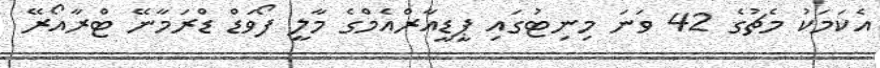
އެކަމަކު މެޗުގެ 42 ވަނަ މިނިޓުގައި ޕީޑީއާރްއެމްގެ މާލީ ފޯވަޑް ޑްރަމާނޭ ޓްރާއޯރޭ